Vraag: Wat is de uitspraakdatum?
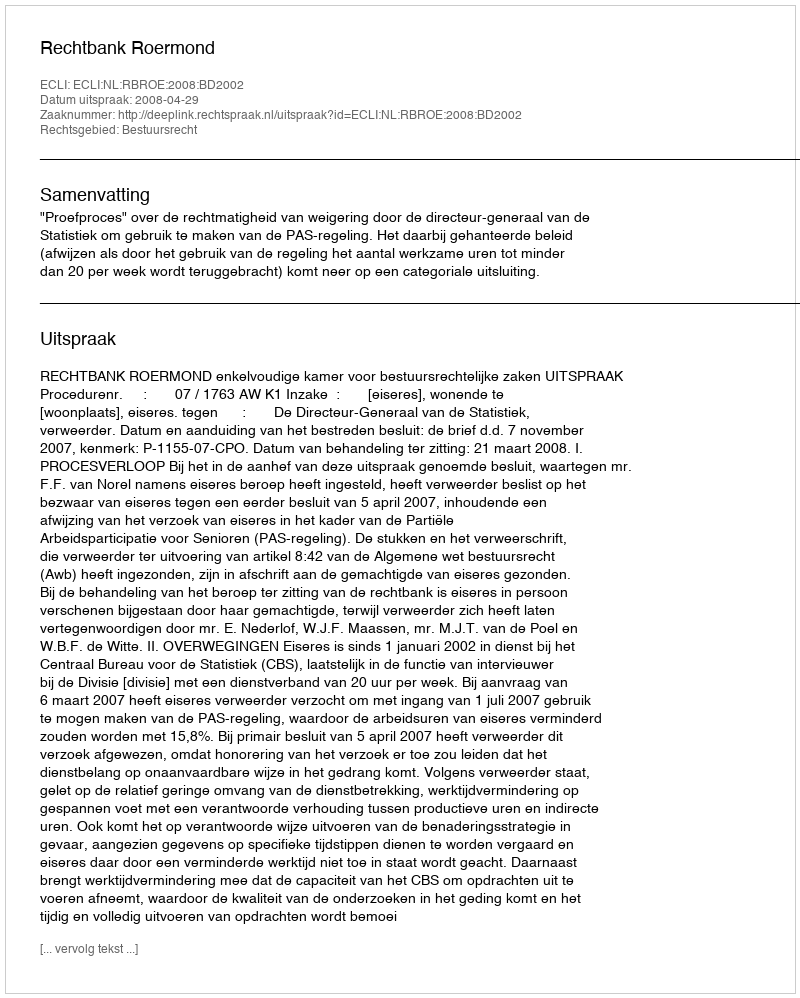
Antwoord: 2008-04-29